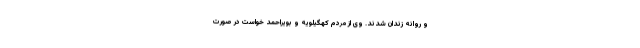
و روانه زندان شدند. وی از مردم کهگیلویه و بویراحمد خواست در صورت